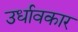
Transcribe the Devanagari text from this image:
उर्धावकार